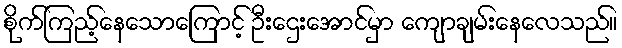
စိုက်ကြည့်နေသောကြောင့် ဦးဌေးအောင်မှာ ကျောချမ်းနေလေသည်။